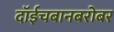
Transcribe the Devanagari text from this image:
दॉईचबानबरोबर